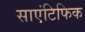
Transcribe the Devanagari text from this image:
साएंटिफिक